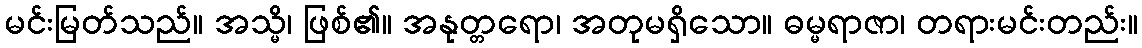
မင်းမြတ်သည်။ အသ္မိ၊ ဖြစ်၏။ အနုတ္တရော၊ အတုမရှိသော။ ဓမ္မရာဇာ၊ တရားမင်းတည်း။